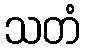
သတံ